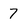
Character: 7